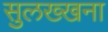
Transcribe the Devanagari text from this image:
सुलख्खना